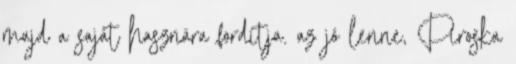
majd a saját hasznára fordítja. az jó lenne, Piroska